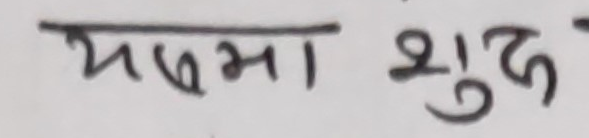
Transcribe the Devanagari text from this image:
यक्षमा शुद्ध